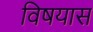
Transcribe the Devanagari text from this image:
विषयास